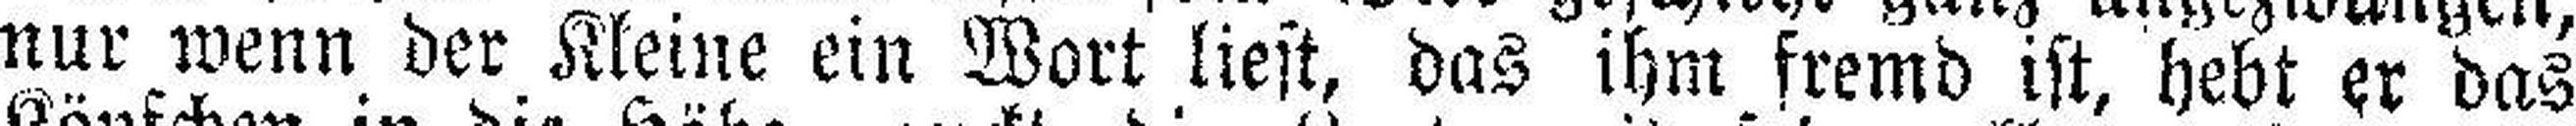
nur wenn der Kleine ein Wort liest, das ihm fremd ist, hebt er das